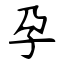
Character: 孕